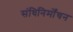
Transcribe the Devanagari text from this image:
संधिनिर्मोंचन